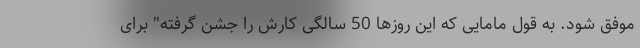
موفق شود. به قول مامایی که این روزها 50 سالگی کارش را جشن گرفته" برای